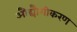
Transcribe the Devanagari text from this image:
औद्यौगीकरण